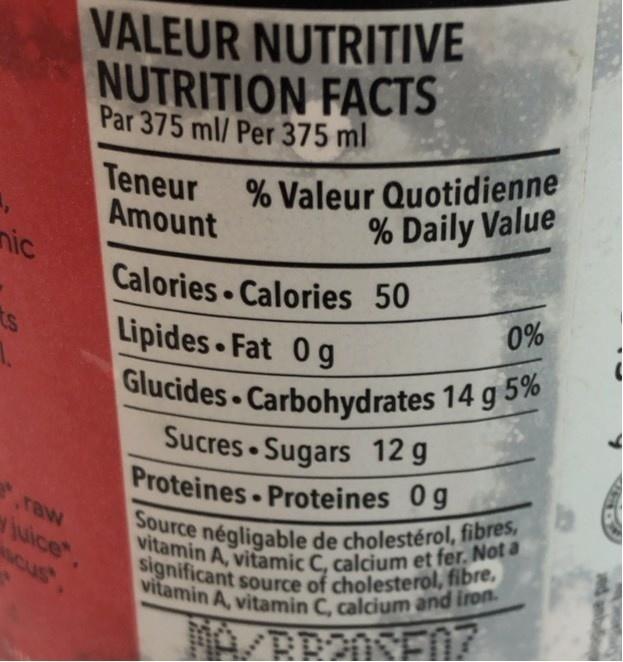
VALEUR NUTRITIVE
NUTRITION FACTS Par 375 ml/ Per 375 ml
Teneur Amount nic
% Valeur Quotidienne % Daily Value
Calories Calories 50 Lipides Fat 0g Glucides Carbohydrates 14 g 5% Sucres Sugars 12 g Proteines Proteines 0g
0%
ts
Source négligable de cholestérol, fibres, vitamin A, vitamic C, calcium et fer. Not a significant source of cholesterol, fibre, vitamin A, vitamin C, calcium and iron.
raw
juice Ncus